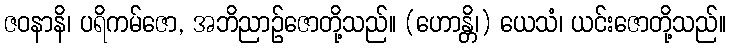
ဇဝနာနိ၊ ပရိကမ်ဇော, အဘိညာဉ်ဇောတို့သည်။ (ဟောန္တိ၊) ယေသံ၊ ယင်းဇောတို့သည်။